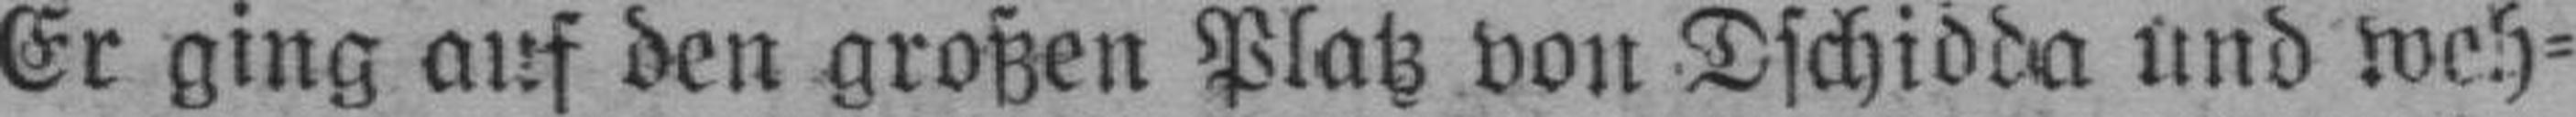
Er ging auf den großen Platz voll Dschidda und weh¬